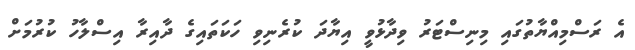
އެ ރަސްމިއްޔާތުގައި މިނިސްޓަރު ވިދާޅުވީ އިޔާދަ ކުރެނިވި ހަކަތައިގެ ދާއިރާ އިސްލާހު ކުރުމަށް